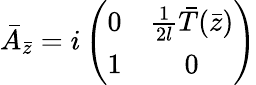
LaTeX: \bar{A}_{\bar{z}}=i\left(\begin{array}{cc}{{0}}&{{{\frac{1}{2l}}\bar{T}(\bar{z})}}\\ {{1}}&{{0}}\end{array}\right)